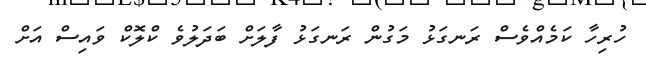
ހުރިހާ ކަމެއްވެސް ރަނގަޅު މަގުން ރަނގަޅު ފާލަށް ބަދަލުވެ ކްލޮކް ވައިސް އަށް